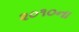
૨૦૧૦ના